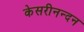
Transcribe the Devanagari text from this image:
केसरीनन्दन